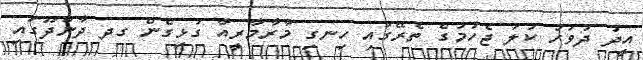
އީދު ދުވަހު ކުލަ ޖެހުމުގެ ތެރޭގައި ހިނގި މާރާމާރީއާ ގުޅިގެން ގދ ދާންދޫގައި